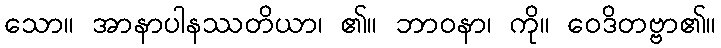
သော။ အာနာပါနဿတိယာ၊ ၏။ ဘာဝနာ၊ ကို။ ဝေဒိတဗ္ဗာ၏။